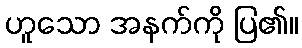
ဟူသော အနက်ကို ပြ၏။